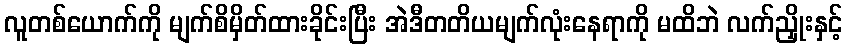
လူတစ်ယောက်ကို မျက်စိမှိတ်ထားခိုင်းပြီး အဲဒီတတိယမျက်လုံးနေရာကို မထိဘဲ လက်ညှိုးနှင့်